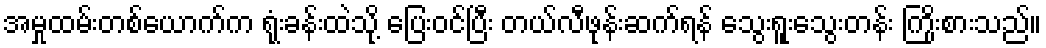
အမှုထမ်းတစ်ယောက်က ရုံးခန်းထဲသို့ ပြေးဝင်ပြီး တယ်လီဖုန်းဆက်ရန် သွေးရူးသွေးတန်း ကြိုးစားသည်။